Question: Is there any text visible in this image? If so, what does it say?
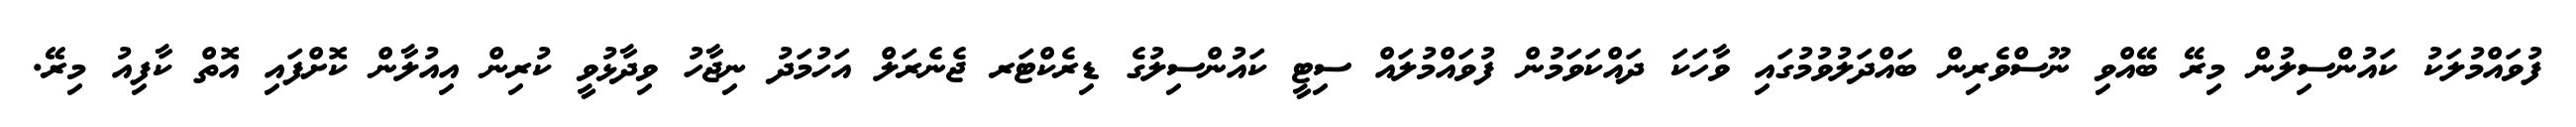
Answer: ފުވައްމުލަކު ކައުންސިލުން މިރޭ ބޭއްވި ނޫސްވެރިން ބައްދަލުވުމުގައި ވާހަކަ ދައްކަވަމުން ފުވައްމުލައް ސިޓީ ކައުންސިލުގެ ޑިރެކްޓަރ ޖެނެރަލް އަހުމަދު ނިޖާހު ވިދާޅުވީ ކުރިން އިއުލާން ކޮށްފައި އޮތް ކާފިއު މިރޭ.